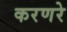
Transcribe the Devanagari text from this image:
करणरे